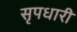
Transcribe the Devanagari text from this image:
सृपधारी